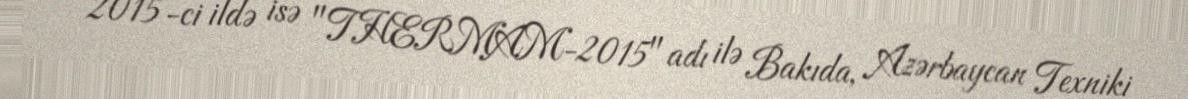
2015-ci ildə isə "THERMAM-2015" adı ilə Bakıda, Azərbaycan Texniki